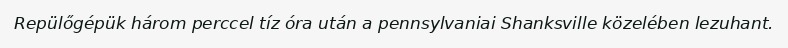
Repülőgépük három perccel tíz óra után a pennsylvaniai Shanksville közelében lezuhant.